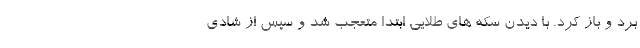
برد و باز کرد. با دیدن سکه های طلایی ابتدا متعجب شد و سپس از شادی